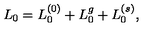
L _ { 0 } = L _ { 0 } ^ { ( 0 ) } + L _ { 0 } ^ { g } + L _ { 0 } ^ { ( s ) } ,